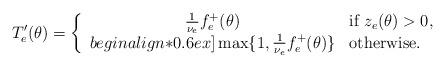
\begin{align*}T'_e(\theta)=\left\{\begin{array}{cl}\mbox{$\frac{1}{\nu_e}$}f_e^+(\theta)&\mbox{if }z_e(\theta)>0,\\begin{align*}0.6ex]\max\{1,\mbox{$\frac{1}{\nu_e}$}f_e^+(\theta)\}&\mbox{otherwise.}\end{array}\right.\end{align*}